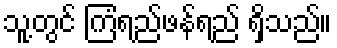
သူ့တွင် ကြံရည်ဖန်ရည် ရှိသည်။